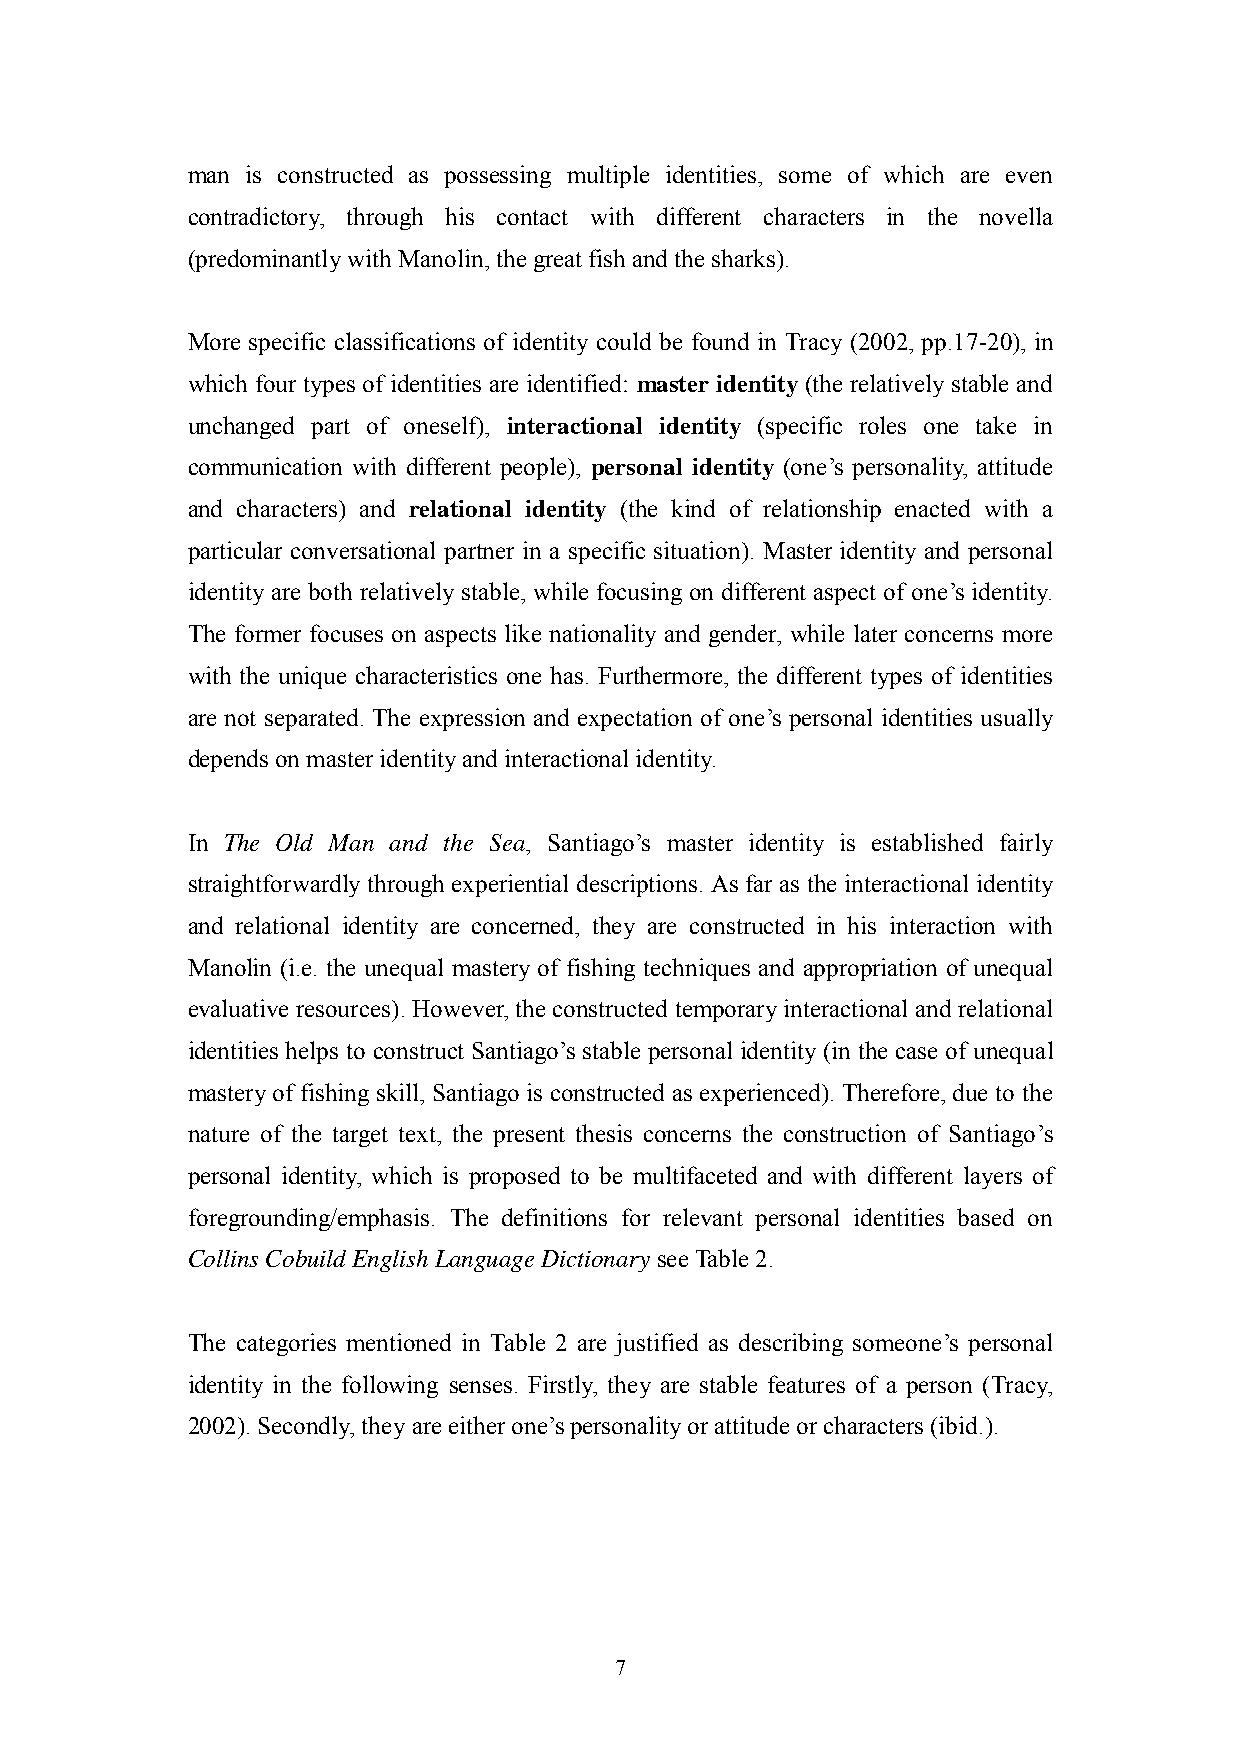
man is constructed as possessing multiple identities, some of which are even
 contradictory, through his contact with different characters in the novella
 (predominantly with Manolin, the great fish and the sharks).
 More specific classifications of identity could be found in Tracy (2002, pp.17-20), in
 which four types of identities are identified: master identity (the relatively stable and
 unchanged part of oneself), interactional identity (specific roles one take in
 communication with different people), personal identity (one‘s personality, attitude
 and characters) and relational identity (the kind of relationship enacted with a
 particular conversational partner in a specific situation). Master identity and personal
 identity are both relatively stable, while focusing on different aspect of one‘s identity.
 The former focuses on aspects like nationality and gender, while later concerns more
 with the unique characteristics one has. Furthermore, the different types of identities
 are not separated. The expression and expectation of one‘s personal identities usually
 depends on master identity and interactional identity.
 In The Old Man and the Sea, Santiago‘s master identity is established fairly
 straightforwardly through experiential descriptions. As far as the interactional identity
 and relational identity are concerned, they are constructed in his interaction with
 Manolin (i.e. the unequal mastery of fishing techniques and appropriation of unequal
 evaluative resources). However, the constructed temporary interactional and relational
 identities helps to construct Santiago‘s stable personal identity (in the case of unequal
 mastery of fishing skill, Santiago is constructed as experienced). Therefore, due to the
 nature of the target text, the present thesis concerns the construction of Santiago‘s
 personal identity, which is proposed to be multifaceted and with different layers of
 foregrounding/emphasis. The definitions for relevant personal identities based on
 Collins Cobuild English Language Dictionary see Table 2.
 The categories mentioned in Table 2 are justified as describing someone‘s personal
 identity in the following senses. Firstly, they are stable features of a person (Tracy,
 2002). Secondly, they are either one‘s personality or attitude or characters (ibid.).
 7